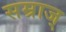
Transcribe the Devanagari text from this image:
सम्राज्